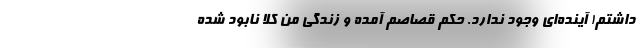
داشتم! آینده‌ای وجود ندارد. حکم قصاصم آمده و زندگی من کلا نابود شده